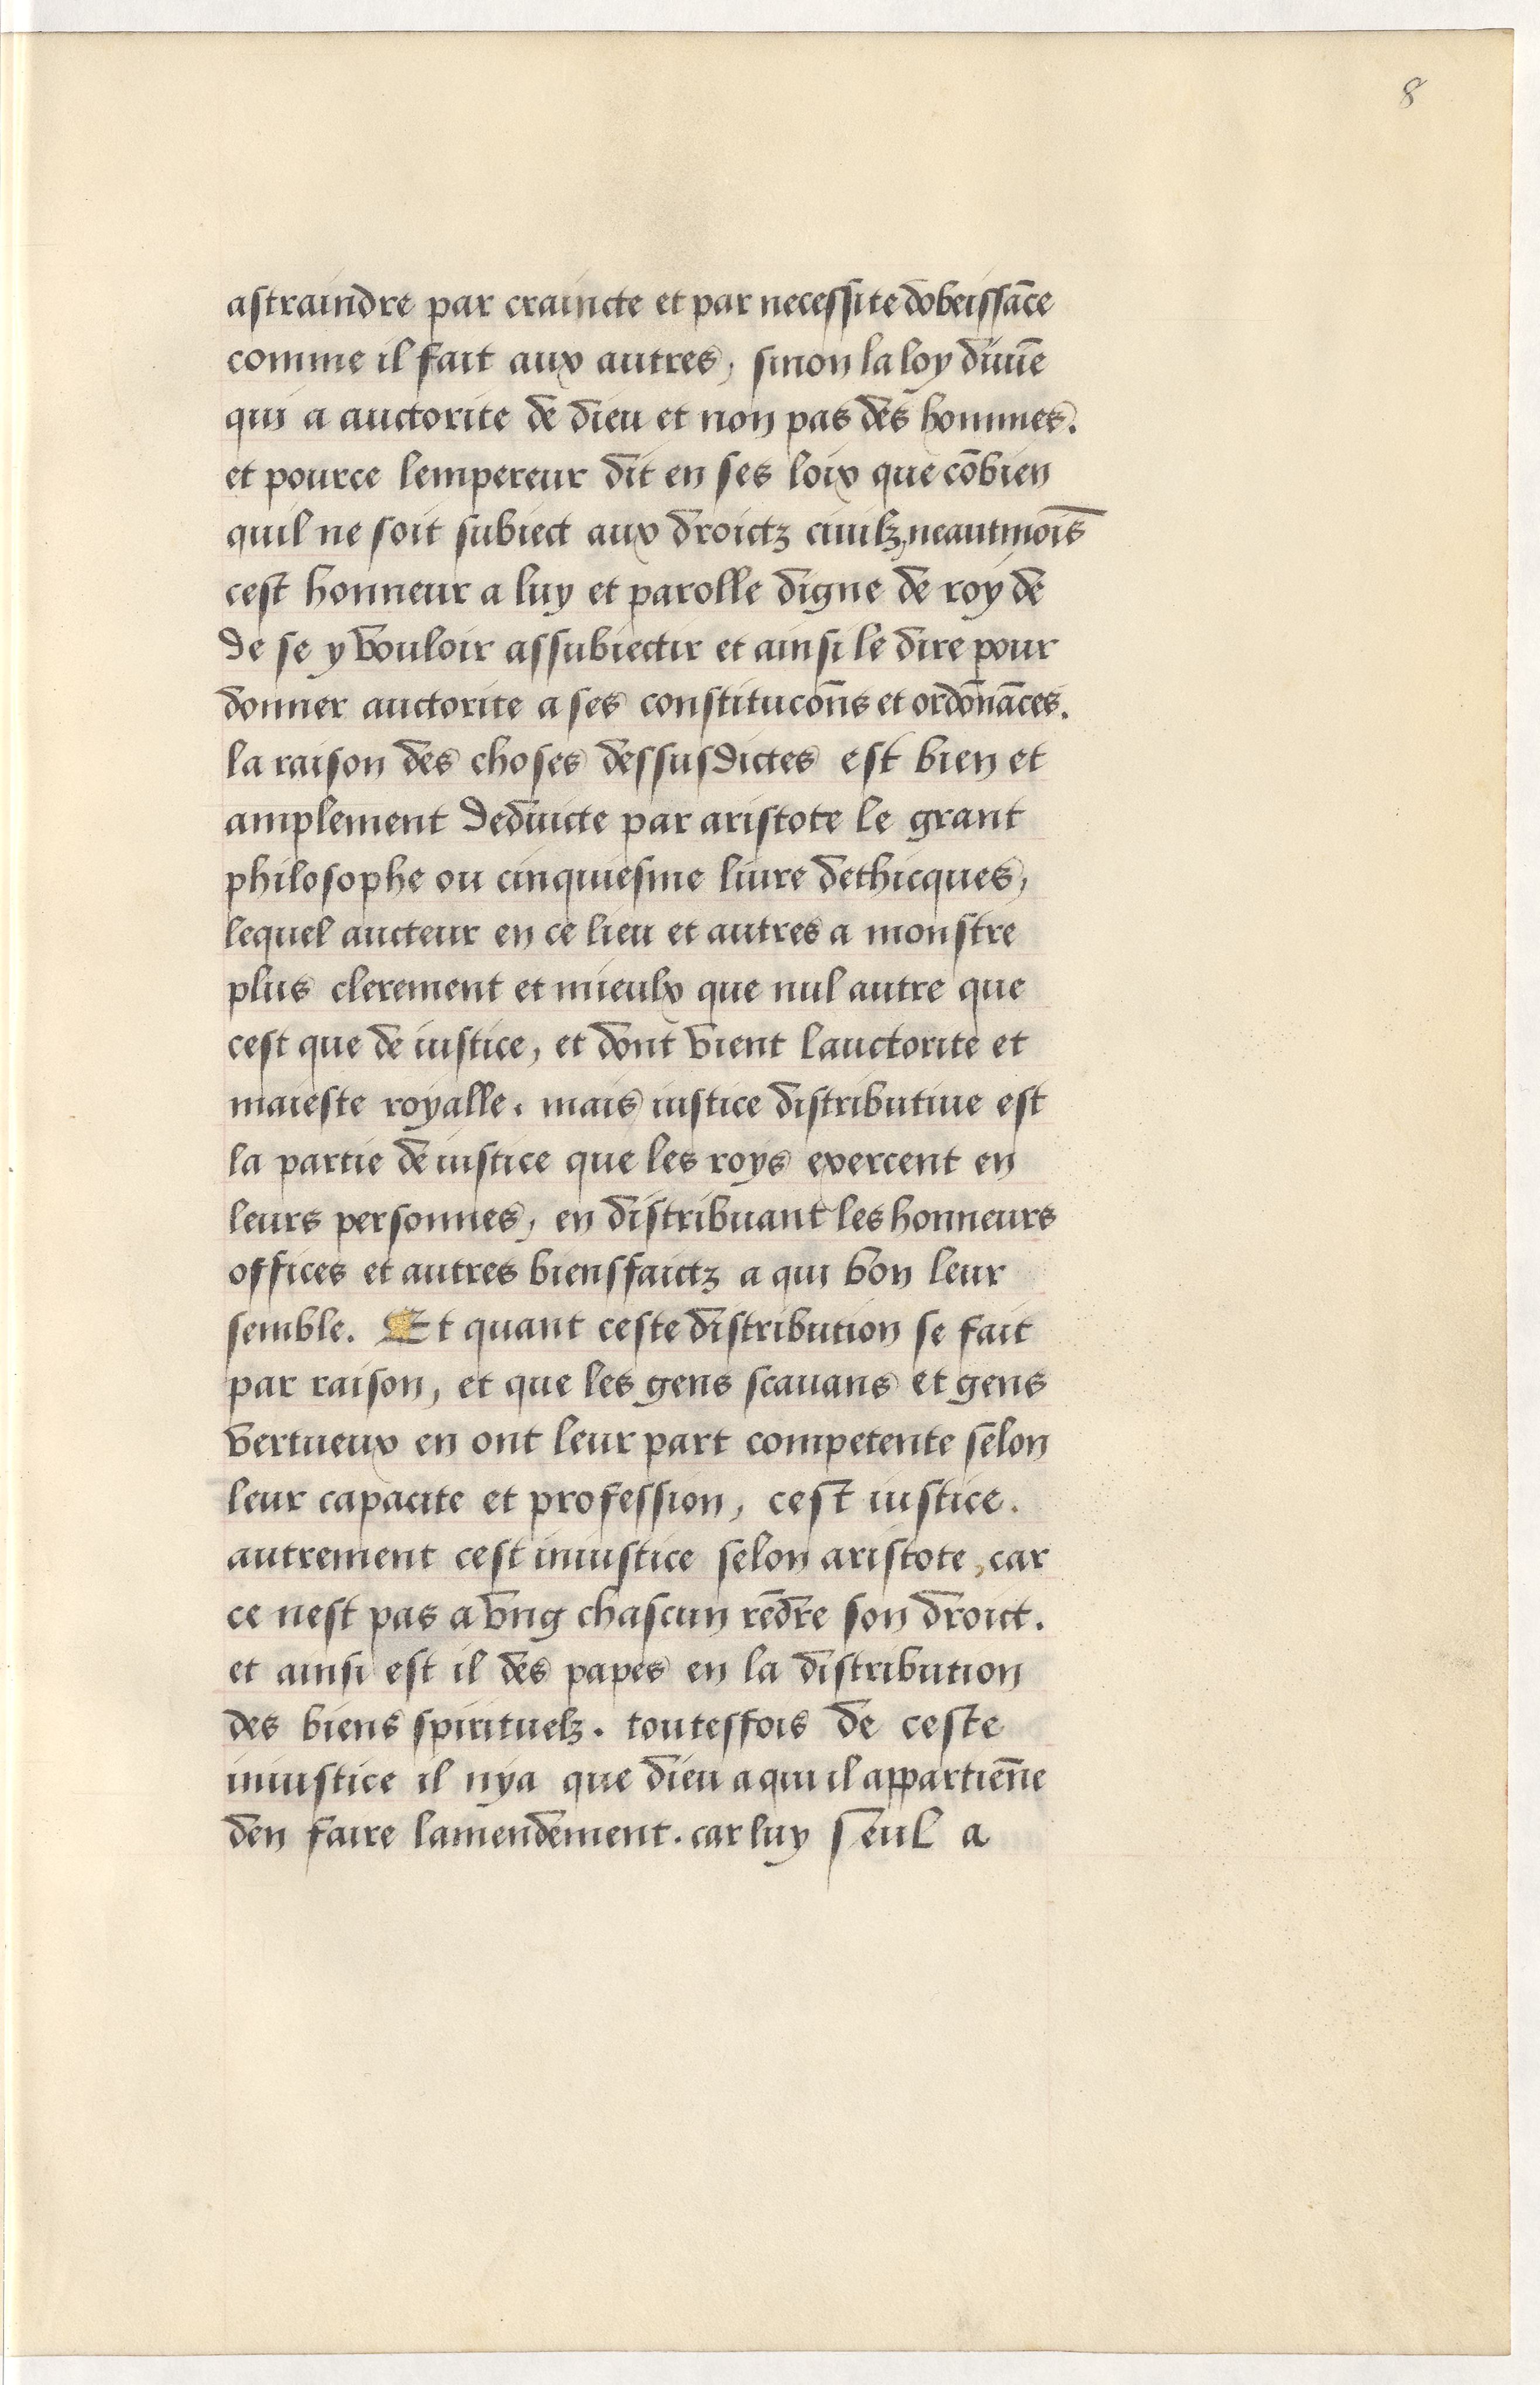
Shelfmark: Paris, BnF, Arsenal, 5103
Century: 15